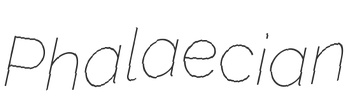
Phalaecian